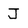
Character: J